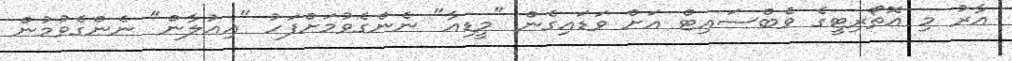
އާރު މި އޮތޯރިޓީގެ ވެބްސައިޓް އަށް ވަޑައިގެން "މީޑިއާ" ނެންގެވުމަށްފަހު "އިޢުލާން" ނެންގެވުމުން